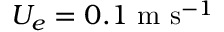
U _ { e } = 0 . 1 \ \mathrm { m } \ \mathrm { s } ^ { - 1 }